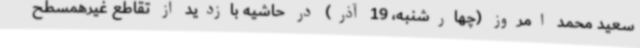
سعید محمد امروز (چهارشنبه، 19 آذر) در حاشیه بازدید از تقاطع غیرهمسطح